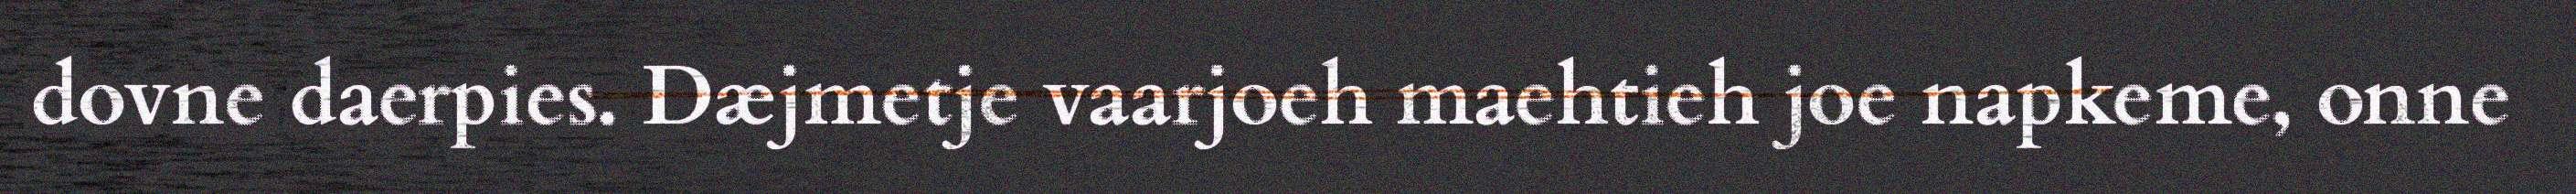
dovne daerpies. Dæjmetje vaarjoeh maehtieh joe napkeme, onne